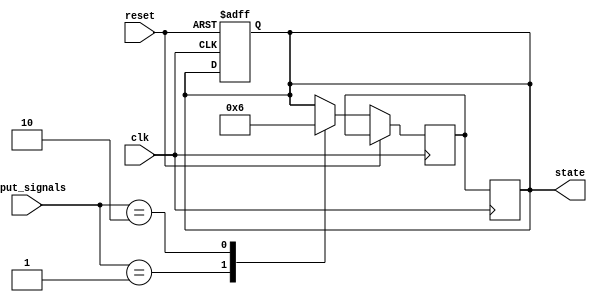
module priority_state_machine (
    input clk,
    input reset,
    input [3:0] input_signals,
    output reg [1:0] state
);

reg [1:0] next_state;

always @ (posedge clk or posedge reset) begin
    if (reset) begin
        state <= 2'b00;
    end else begin
        case (input_signals)
            4'b0001: next_state <= 2'b01;
            4'b0010: next_state <= 2'b10;
            default: next_state <= state;
        endcase
    end
end

always @ (posedge clk) begin
    state <= next_state;
end

endmodule